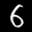
Label: 6